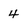
Character: 4